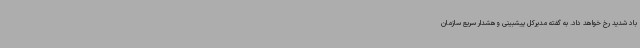
باد شدید رخ خواهد داد. به گفته مدیرکل پیشبینی وهشدار سریع سازمان